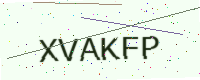
Text: XVAKFP